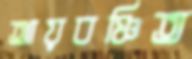
আয়বঞ্চিত